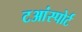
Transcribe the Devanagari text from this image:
टआंस्पोर्ट